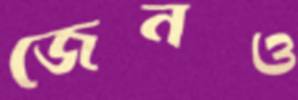
জেনও